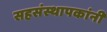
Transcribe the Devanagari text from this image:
सहसंस्थापकांनी